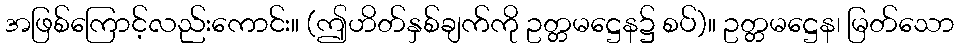
အဖြစ်ကြောင့်လည်းကောင်း။ (ဤဟိတ်နှစ်ချက်ကို ဥတ္တမဋ္ဌေန၌ စပ်)။ ဥတ္တမဋ္ဌေန၊ မြတ်သော